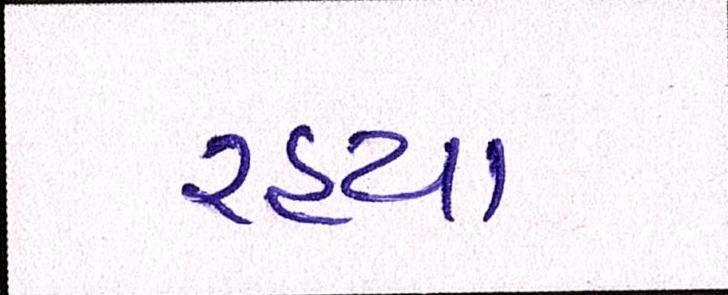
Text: રહ્યા